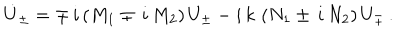
\dot { U } _ { \pm } = \mp \, i \left( M _ { 1 } \mp \, i \, M _ { 2 } \right) U _ { \pm } - i \, k \, \left( N _ { 1 } \pm \, i \, N _ { 2 } \right) U _ { \mp } \, .